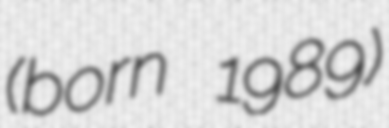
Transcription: (born 1989)